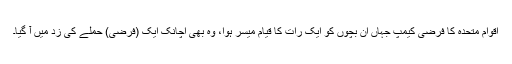
اقوام متحدہ کا فرضی کیمپ جہاں ان بچوں کو ایک رات کا قیام میسر ہوا، وہ بھی اچانک ایک (فرضی) حملے کی زد میں آ گیا۔